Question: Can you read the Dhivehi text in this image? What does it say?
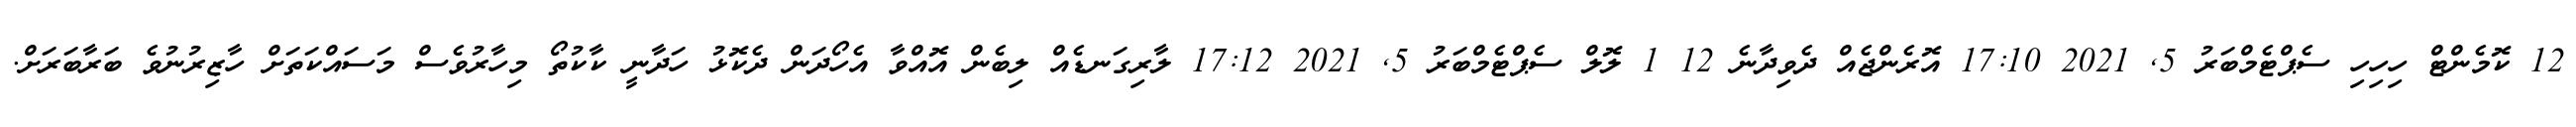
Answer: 12 ކޮމެންޓް ހިހިހި ސެޕްޓެމްބަރު 5, 2021 17:10 އޮރެންޖެއް ދެވިދާނެ 12 1 ލޮލް ސެޕްޓެމްބަރު 5, 2021 17:12 ލާރިގަނޑެއް ލިބެން އޮއްވާ އެހޯދަން ދެކޮޅު ހަދާނީ ކާކުތޯ މިހާރުވެސް މަސައްކަތަށް ހާޒިރުނުވެ ބަރާބަރަށް.